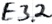
Text: E3.2